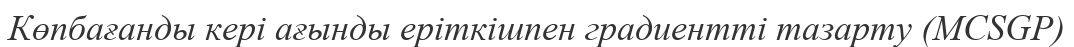
Көпбағанды кері ағынды еріткішпен градиентті тазарту (MCSGP)